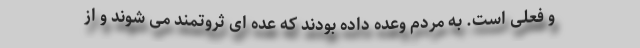
و فعلی است. به مردم وعده داده بودند که عده ای ثروتمند می شوند و از